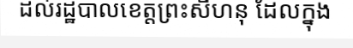
ដល់រដ្ឋបាលខេត្តព្រះសីហនុ ដែលក្នុង